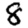
Digit: 8